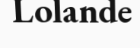
Lolande